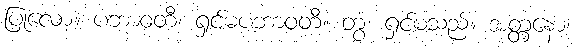
ပြုလော့။ ပဘာဝတီ၊ ရှင်မပဘာဝတီ။ တွံ၊ ရှင်မသည်။ အတ္တနော၊